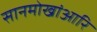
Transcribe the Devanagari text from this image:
सानमोखांआरि